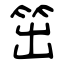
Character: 笜